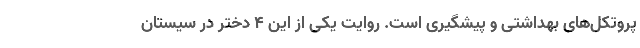
پروتکل‌های بهداشتی و پیشگیری است. روایت یکی از این ۴ دختر در سیستان